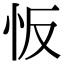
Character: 㤆